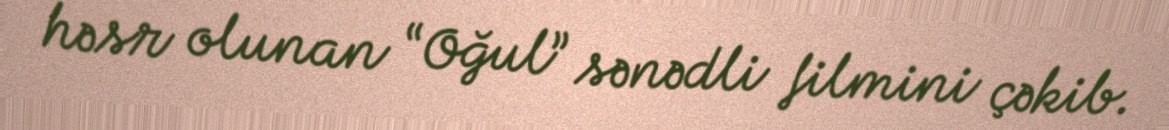
həsr olunan “Oğul” sənədli filmini çəkib.